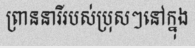
ព្រាននារីរបស់ប្រុសៗនៅក្នុង